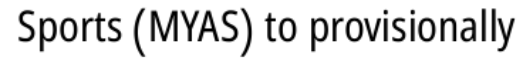
Sports (MYAS) to provisionally